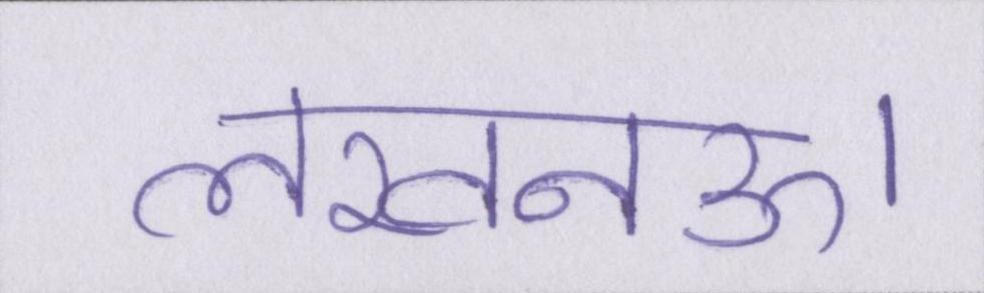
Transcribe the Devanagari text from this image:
लखनऊ।